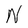
Character: N